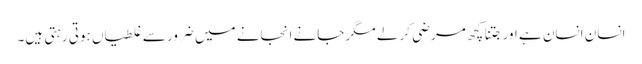
انسان انسان ہے اور جتنا کچھ مرضی کر لے مگر جانے انجانے میں ضرور سے غلطیاں ہوتی رہتی ہیں۔